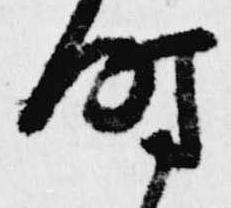
時